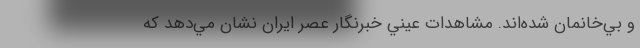
و بي‌خانمان شده‌اند. مشاهدات عيني خبرنگار عصر ايران نشان مي‌دهد كه